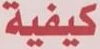
كيفية